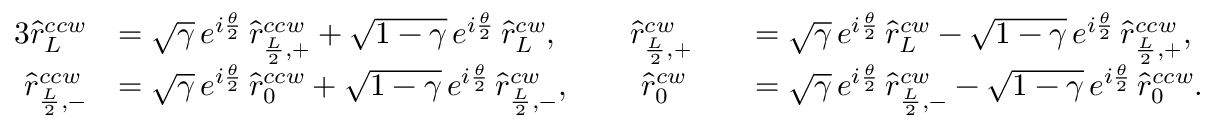
\begin{array} { r l r l } { { 3 } \hat { r } _ { L } ^ { c c w } } & { = \sqrt { \gamma } \, e ^ { i \frac { \theta } { 2 } } \, \hat { r } _ { \frac { L } { 2 } , + } ^ { c c w } + \sqrt { 1 - \gamma } \, e ^ { i \frac { \theta } { 2 } } \, \hat { r } _ { L } ^ { c w } , \; \; \; \; \; \; \; \; \hat { r } _ { \frac { L } { 2 } , + } ^ { c w } } & & { = \sqrt { \gamma } \, e ^ { i \frac { \theta } { 2 } } \, \hat { r } _ { L } ^ { c w } - \sqrt { 1 - \gamma } \, e ^ { i \frac { \theta } { 2 } } \, \hat { r } _ { \frac { L } { 2 } , + } ^ { c c w } , } \\ { \hat { r } _ { \frac { L } { 2 } , - } ^ { c c w } } & { = \sqrt { \gamma } \, e ^ { i \frac { \theta } { 2 } } \, \hat { r } _ { 0 } ^ { c c w } + \sqrt { 1 - \gamma } \, e ^ { i \frac { \theta } { 2 } } \, \hat { r } _ { \frac { L } { 2 } , - } ^ { c w } , \; \; \; \; \; \; \; \; \hat { r } _ { 0 } ^ { c w } } & & { = \sqrt { \gamma } \, e ^ { i \frac { \theta } { 2 } } \, \hat { r } _ { \frac { L } { 2 } , - } ^ { c w } - \sqrt { 1 - \gamma } \, e ^ { i \frac { \theta } { 2 } } \, \hat { r } _ { 0 } ^ { c c w } . } \end{array}